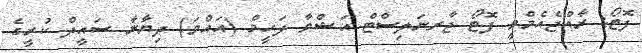
ފޮޓޯ: ރާއްޖެއެމްވީ ފޮޓޯ ޖާރނަލިސްޓް އަޝްވާ ފަހީމް (އައްވަ) ދިޔާނާ ސައީދް ކުރީގެ